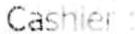
CASHIER :